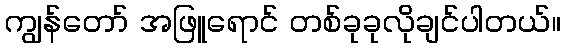
ကျွန်တော် အဖြူရောင် တစ်ခုခုလိုချင်ပါတယ်။